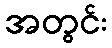
အတွင်း